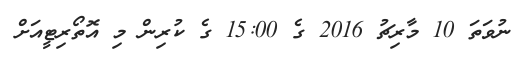
ނުވަތަ 10 މާރިޗު 2016 ގެ 15:00 ގެ ކުރިން މި އޮތޯރިޓީއަށް